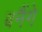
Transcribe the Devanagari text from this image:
बनैंगे